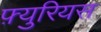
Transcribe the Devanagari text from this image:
फ़्युरियस